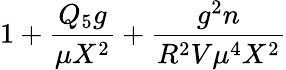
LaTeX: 1+{\frac{Q_{5}g}{\mu X^{2}}}+{\frac{g^{2}n}{R^{2}V\mu^{4}X^{2}}}